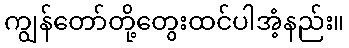
ကျွန်တော်တို့တွေးထင်ပါအံ့နည်း။